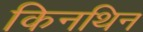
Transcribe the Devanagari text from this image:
किनथिन